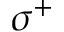
\sigma ^ { + }